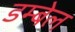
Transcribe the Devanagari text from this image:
डम्बेल